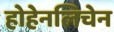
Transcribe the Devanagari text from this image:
होहेनलिचेन